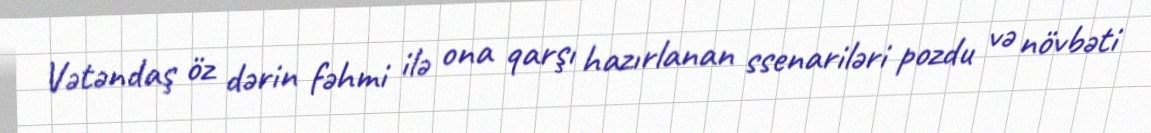
Vətəndaş öz dərin fəhmi ilə ona qarşı hazırlanan ssenariləri pozdu və növbəti